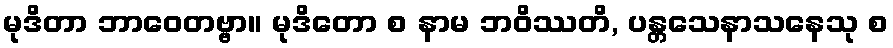
မုဒိတာ ဘာဝေတဗ္ဗာ။ မုဒိတော စ နာမ ဘဝိဿတိ, ပန္တသေနာသနေသု စ